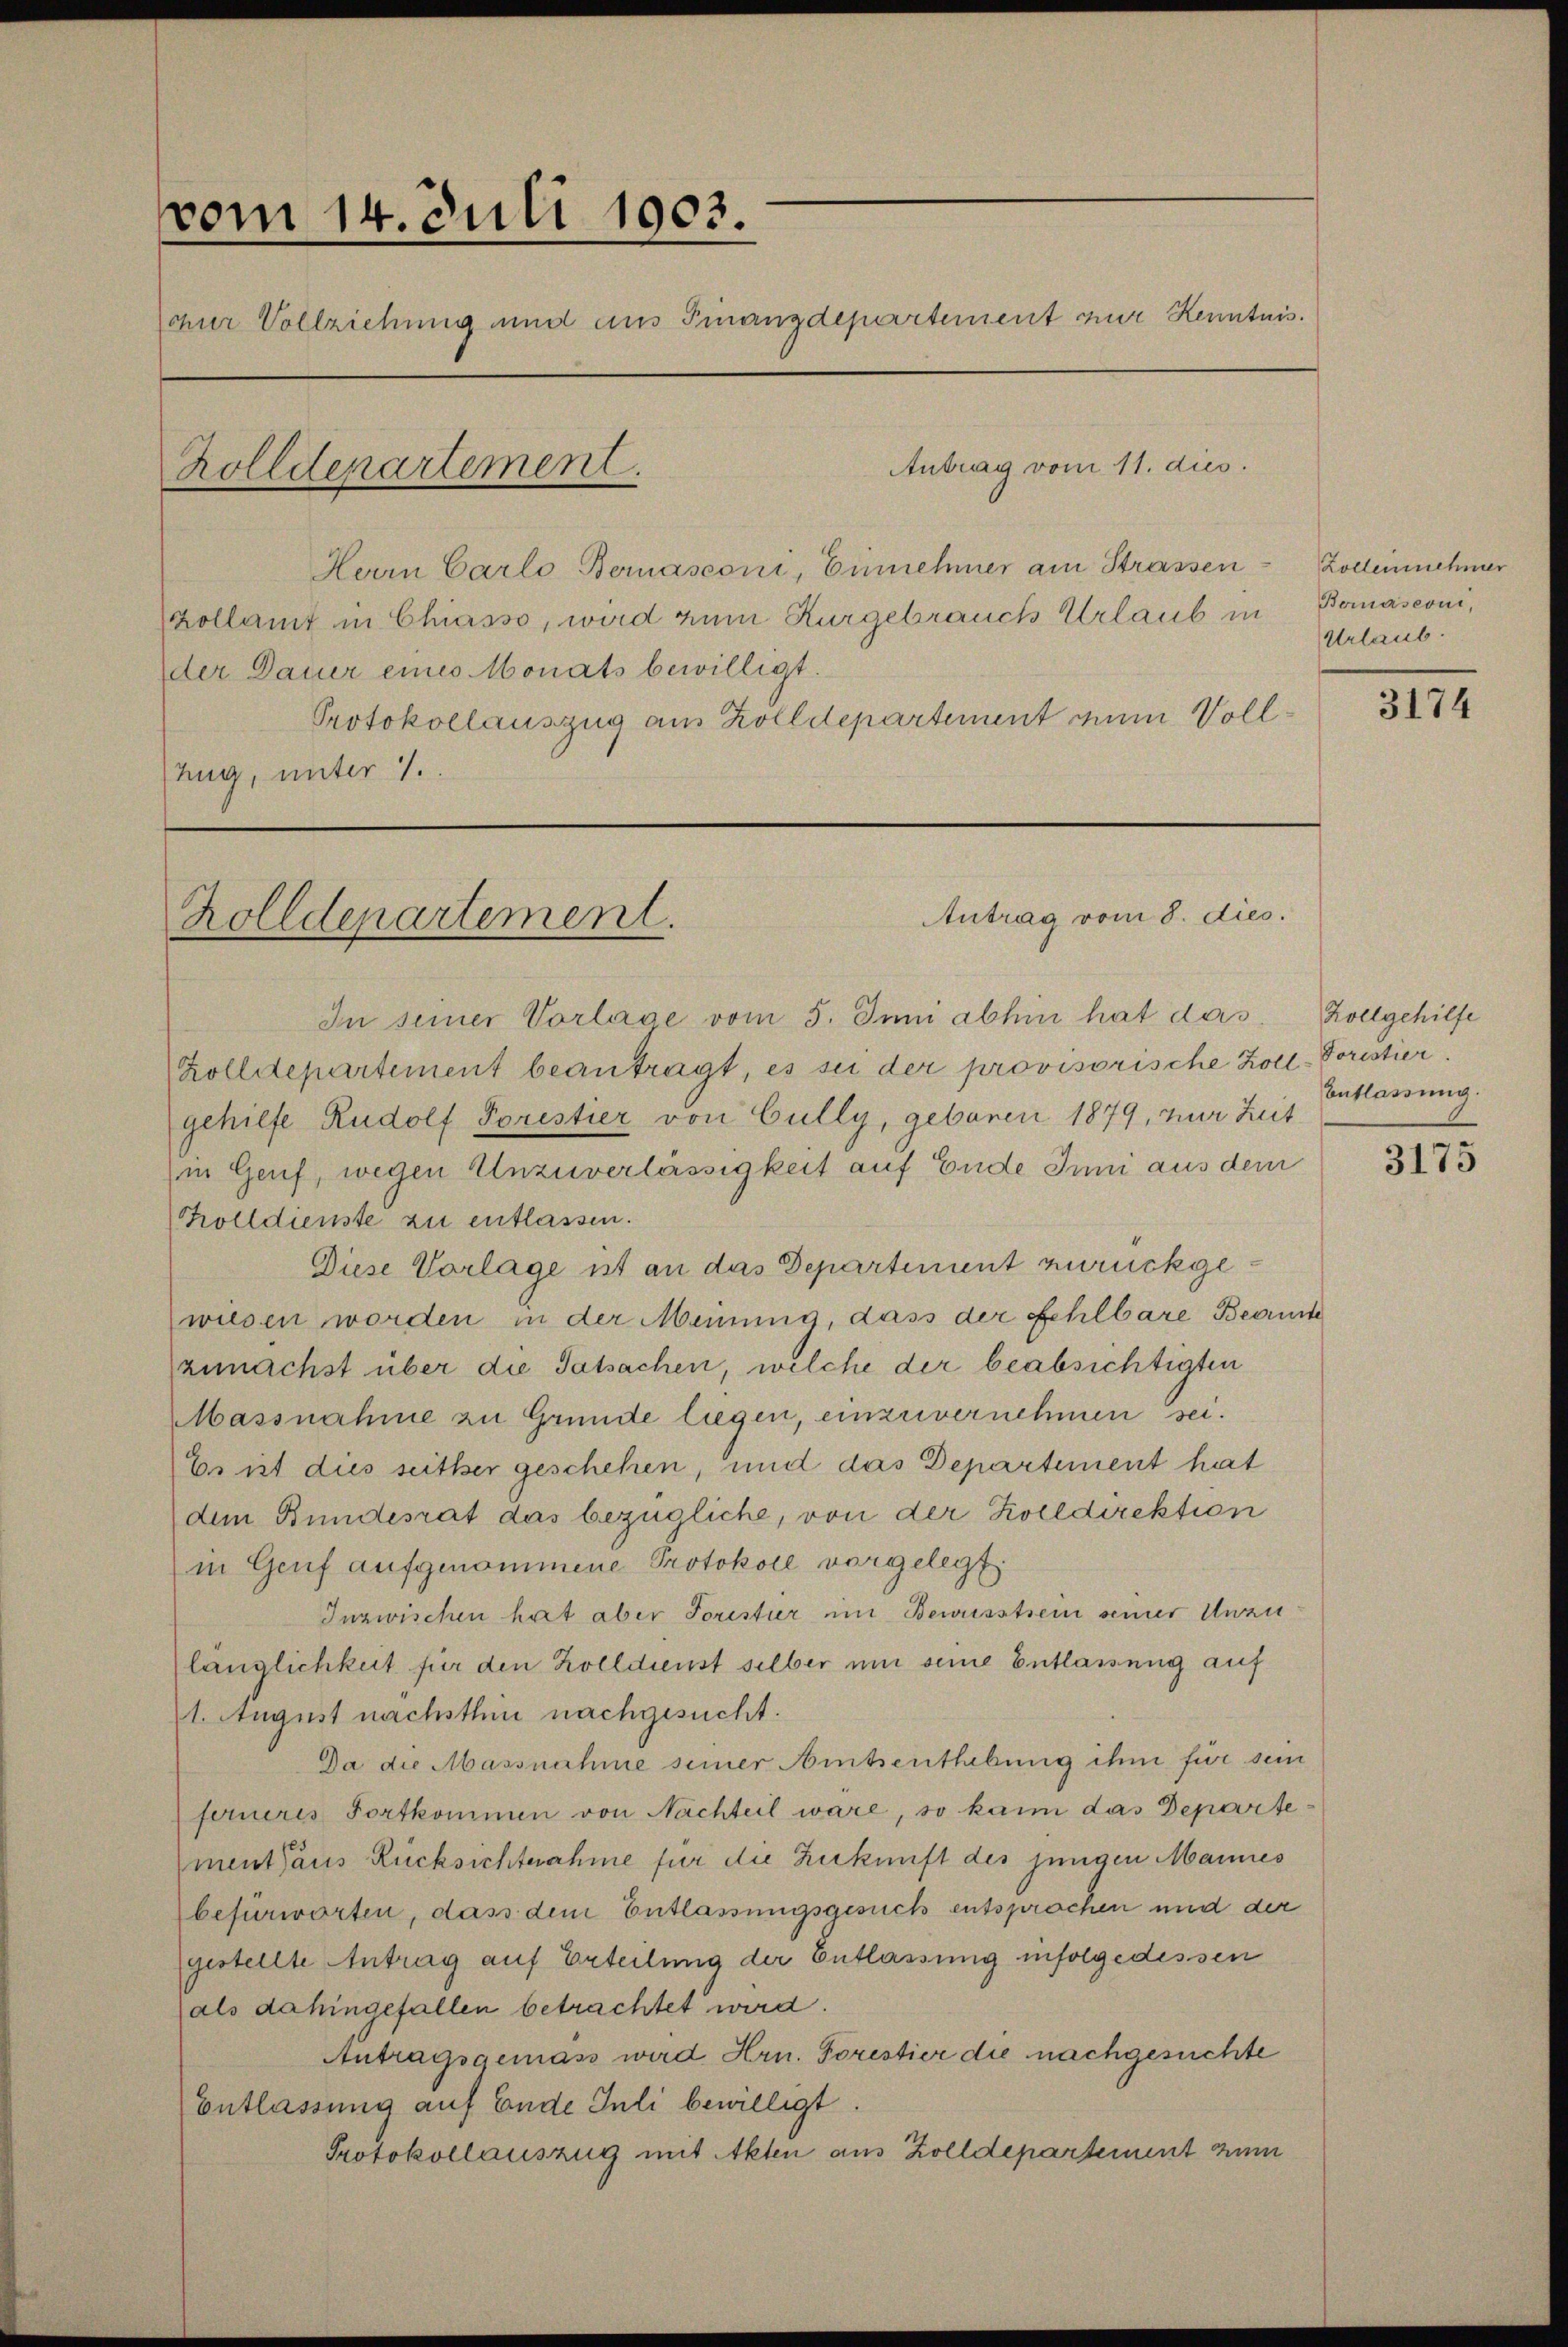
vom 14. Juli 1903.
chner Vollziehung und aus Finanzdepartement zur Kenntnis.
Antrag vom 11. dies
Zolldepartement.

Herrn Carlo Bernasconi, Einnehmer am Strassenzollamt in Chiasso, wird zum Kurgebrauch Urlaub in
der Dauer eines Monats bewilligt.
Protokollauszug am Zolldepartement eine Vollung, unter 1.

Antrag vom 8. dies.
Zolldepartement.

Zollennehmer
Bornasconi,
Urlaub.

In seiner Vorlage vom 5. Juni abhin hat das
Zolldepartement beantragt, es sei der provisorische Zoll-Doristier
gehilfe Rudolf Forestier von Cully, geboren 1879, zur Zeit
in Genf, wegen Unzuverlässigkeit auf Ende Inni aus dem
holldienste zu entlassen.
Diese Vorlage ist an das Departement zurückgewiesen worden in der Meinung, dass der Fehlbare Beamte
zunächst über die Tatsachen, welche der beabsichtigten
Massnahme zu Grunde liegen, einzuvernehmen sei.
Es ist dies seither geschehen, und das Departement hat
dem Bundesrat das bezügliche, von der Kolldirektion
in Genf aufgenommene Protokoll vorgelegt.
Inzwischen hat aber Foristier im Bewusstsein seiner Unzulänglichkeit für den Zolldienst selber um seine Entlassung auf
1. August nächsthin nachgesucht.
Da die Massnahme seiner Amtsenthebung ihm für sein
ferneres Fortkommen von Nachteil wäre, so kann das Departement aus Rücksichtnahme für die Zukunft des jungen Mannes
befürworten, dass dem Entlassungsgesuch entsprochen und der
gestellte Antrag auf Erteilung der Entlassung infolge dessen
als dahingefallen betrachtet wird.
Antragsgemäss wird Hrn. Forestier die nachgesuchte
Entlassung auf Ende Juli bewilligt.
Protokollauszug mit Akten aus Zolldepartement zum

3174

Zollgehilfe
Entlassung.

3175